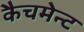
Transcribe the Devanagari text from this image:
कैचमेन्ट